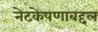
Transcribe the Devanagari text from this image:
नेटकेपणाबद्दल